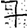
Digit: 7